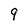
Character: 9